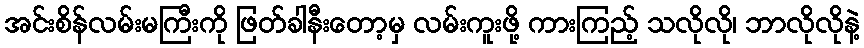
အင်းစိန်လမ်းမကြီးကို ဖြတ်ခါနီးတော့မှ လမ်းကူးဖို့ ကားကြည့် သလိုလို၊ ဘာလိုလိုနဲ့